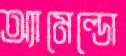
অ্যামেল্ডো